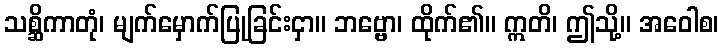
သစ္ဆိကာတုံ၊ မျက်မှောက်ပြုခြင်းငှာ။ ဘဗ္ဗော၊ ထိုက်၏။ ဣတိ၊ ဤသို့။ အဝေါစ၊